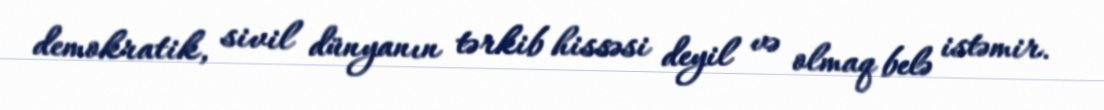
demokratik, sivil dünyanın tərkib hissəsi deyil və olmaq belə istəmir.